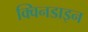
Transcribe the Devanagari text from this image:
क्विनडाइन